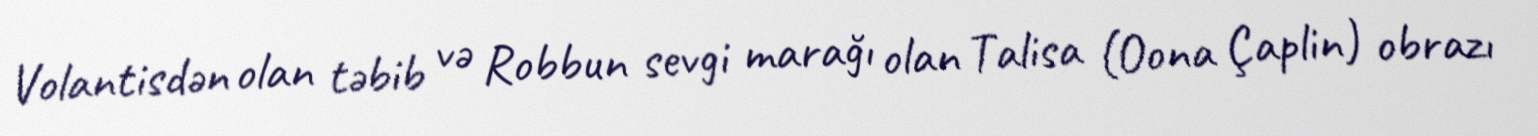
Volantisdən olan təbib və Robbun sevgi marağı olan Talisa (Oona Çaplin) obrazı